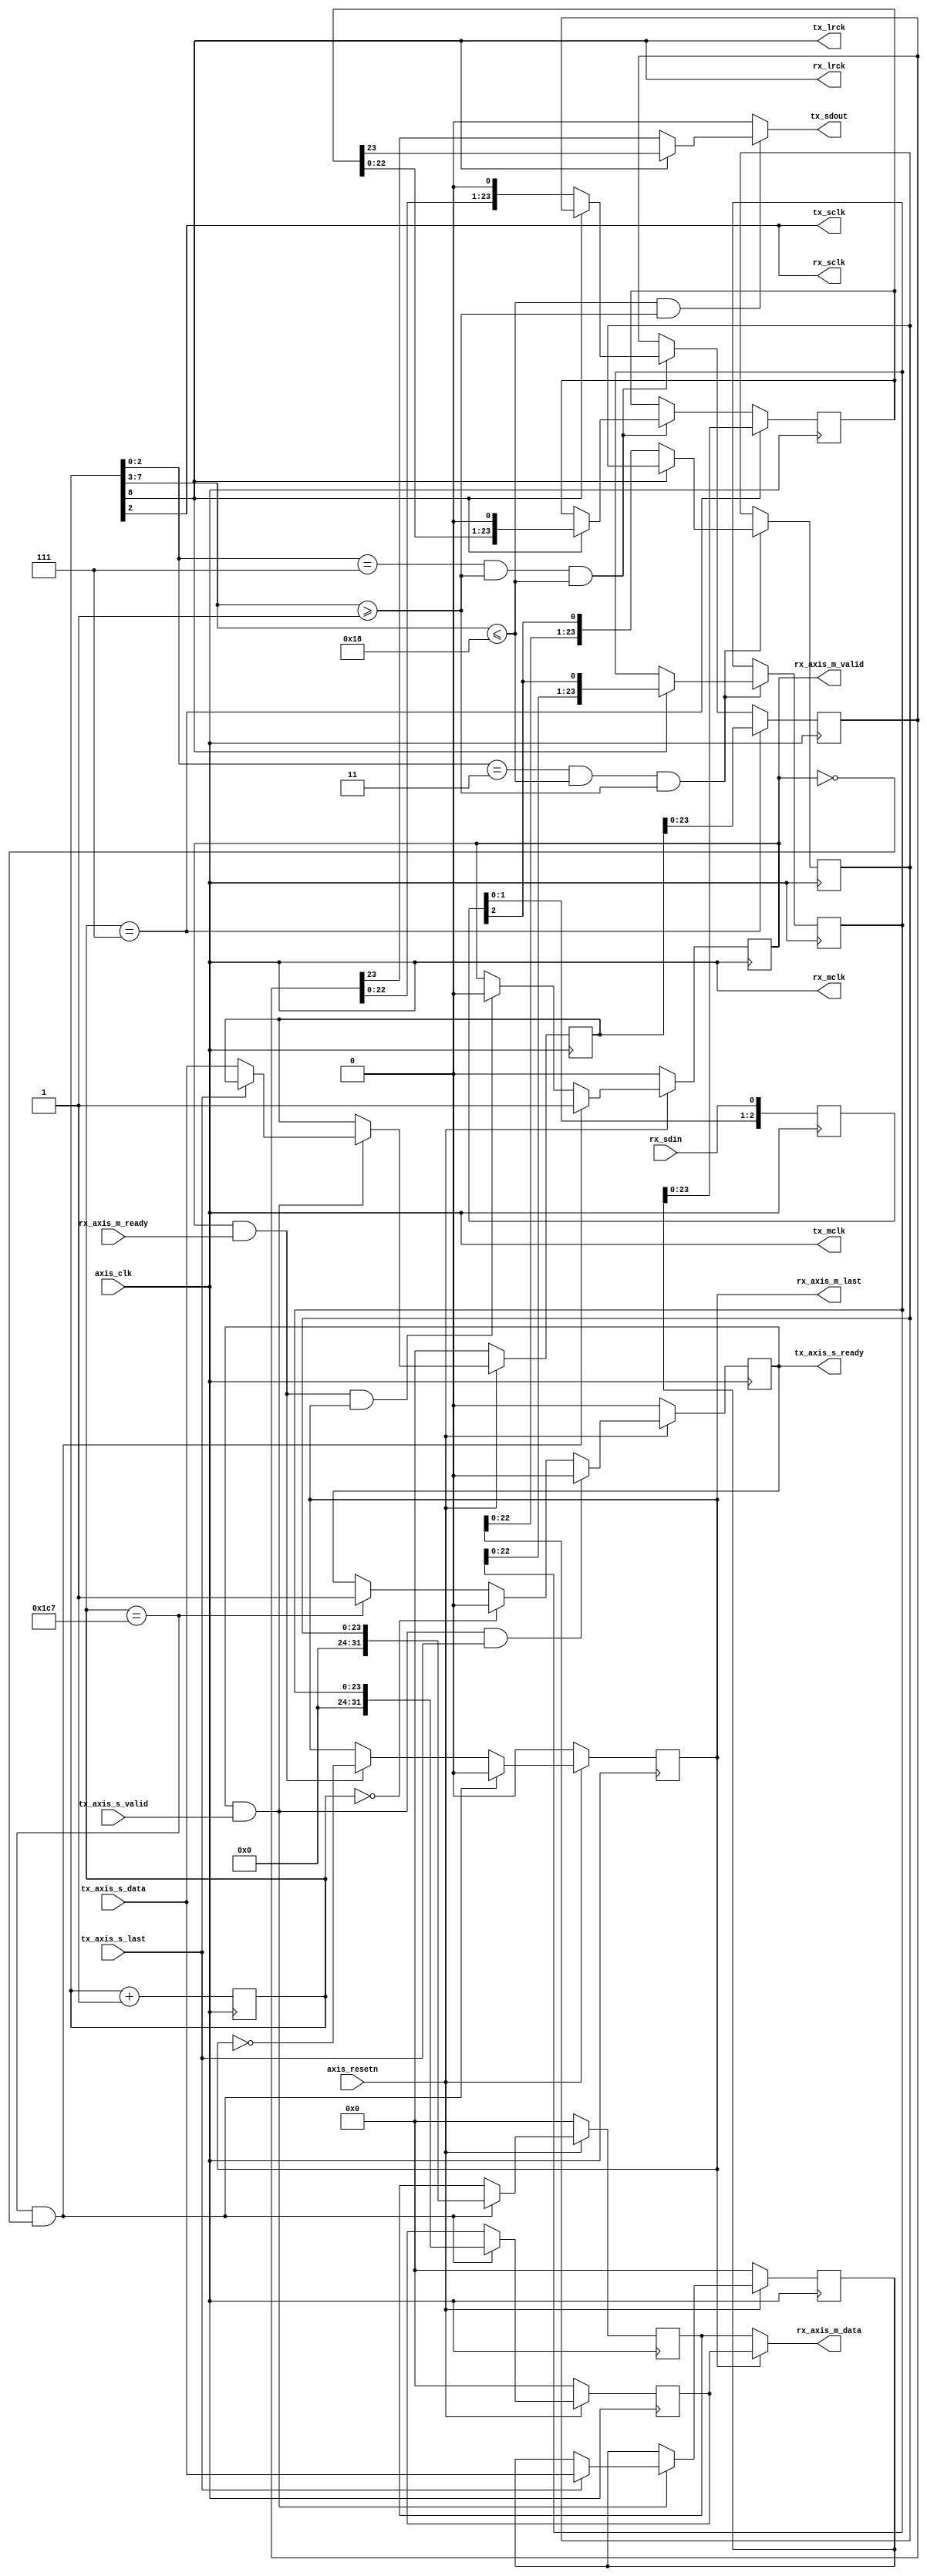
module axis_i2s2 (
    input  wire        axis_clk, // require: approx 22.591MHz
    input  wire        axis_resetn,
    
    input  wire [31:0] tx_axis_s_data,
    input  wire        tx_axis_s_valid,
    output reg         tx_axis_s_ready = 1'b0, //m_axis_ready
    input  wire        tx_axis_s_last,
    
    output wire [31:0] rx_axis_m_data,
    output reg         rx_axis_m_valid = 1'b0,
    input  wire        rx_axis_m_ready,
    output reg         rx_axis_m_last = 1'b0,
    
    output wire tx_mclk, // JA[0]
    output wire tx_lrck, // JA[1]
    output wire tx_sclk, // JA[2]
    output reg  tx_sdout, // JA[3]
    output wire rx_mclk, // JA[4]
    output wire rx_lrck, // JA[5]
    output wire rx_sclk, // JA[6]
    input  wire rx_sdin // JA[7]
);
    reg [8:0] count = 9'd0;
    localparam EOF_COUNT = 9'd455; // end of full I2S frame
    
    always@(posedge axis_clk)
        count <= count + 1;
    
    wire lrck = count[8];
    wire sclk = count[2];
    wire mclk = axis_clk;
    assign tx_lrck = lrck;
    assign tx_sclk = sclk;
    assign tx_mclk = mclk;
    assign rx_lrck = lrck;
    assign rx_sclk = sclk;
    assign rx_mclk = mclk;
    
    /* AXIS SLAVE CONTROLLER */
    reg [31:0] tx_data_l = 0;
    reg [31:0] tx_data_r = 0;
    
    always@(posedge axis_clk)
        if (axis_resetn == 1'b0)
            tx_axis_s_ready <= 1'b0;
        else if (tx_axis_s_ready == 1'b1 && tx_axis_s_valid == 1'b1 && tx_axis_s_last == 1'b1) // end of packet, cannot accept data until current one has been transmitted
            tx_axis_s_ready <= 1'b0;
        else if (count == 9'b0) // beginning of I2S frame, in order to avoid tearing, cannot accept data until frame complete
            tx_axis_s_ready <= 1'b0;
        else if (count == EOF_COUNT) // end of I2S frame, can accept data
            tx_axis_s_ready <= 1'b1;

    /// 2nd else if get activated after reaching the EOF count and followed by next 2 clk edges  
    always@(posedge axis_clk)
        if (axis_resetn == 1'b0) begin
            tx_data_r <= 32'b0;
            tx_data_l <= 32'b0;
        end else if (tx_axis_s_valid == 1'b1 && tx_axis_s_ready == 1'b1)
            if (tx_axis_s_last == 1'b1)
                tx_data_r <= tx_axis_s_data;
            else
                tx_data_l <= tx_axis_s_data;
    
    /* I2S TRANSMIT SHIFT REGISTERS */
    reg [23:0] tx_data_l_shift = 24'b0;
    reg [23:0] tx_data_r_shift = 24'b0;
    
    always@(posedge axis_clk)
        if (count == 3'b000000111) begin
            tx_data_l_shift <= tx_data_l[23:0];
            tx_data_r_shift <= tx_data_r[23:0];
        end else if (count[2:0] == 3'b111 && count[7:3] >= 5'd1 && count[7:3] <= 5'd24) begin
            if (count[8] == 1'b1)
                tx_data_r_shift <= {tx_data_r_shift[22:0], 1'b0};
            else
                tx_data_l_shift <= {tx_data_l_shift[22:0], 1'b0};
        end
        
    always@(count, tx_data_l_shift, tx_data_r_shift)
        if (count[7:3] <= 5'd24 && count[7:3] >= 4'd1) /// countinng from 7 -->> 99 for left 
            if (count[8] == 1'b1)
                tx_sdout = tx_data_r_shift[23];
            else
                tx_sdout = tx_data_l_shift[23];
        else
            tx_sdout = 1'b0;
        
    /* SYNCHRONIZE DATA IN TO AXIS CLOCK DOMAIN */
    reg [2:0] din_sync_shift = 3'd0;
    wire din_sync = din_sync_shift[2];
    always@(posedge axis_clk)
        din_sync_shift <= {din_sync_shift[1:0], rx_sdin};
        
    /* I2S RECEIVE SHIFT REGISTERS */
    reg [23:0] rx_data_l_shift = 24'b0;
    reg [23:0] rx_data_r_shift = 24'b0;
    always@(posedge axis_clk)
        if (count[2:0] == 3'b011 && count[7:3] <= 5'd24 && count[7:3] >= 5'd1)
            if (lrck == 1'b1)
                rx_data_r_shift <= {rx_data_r_shift, din_sync};
            else
                rx_data_l_shift <= {rx_data_l_shift, din_sync};
    
    /* AXIS MASTER CONTROLLER */ // shifting it to 32'b register
    reg [31:0] rx_data_l = 32'b0;
    reg [31:0] rx_data_r = 32'b0;
    always@(posedge axis_clk)
        if (axis_resetn == 1'b0) begin
            rx_data_l <= 32'b0;
            rx_data_r <= 32'b0;
        end else if (count == EOF_COUNT && rx_axis_m_valid == 1'b0) begin
            rx_data_l <= {8'b0, rx_data_l_shift};
            rx_data_r <= {8'b0, rx_data_r_shift};
        end
        
    assign rx_axis_m_data = (rx_axis_m_last == 1'b1) ? rx_data_r : rx_data_l;
        
    always@(posedge axis_clk)
        if (axis_resetn == 1'b0)    
            rx_axis_m_valid <= 1'b0;
        else if (count == EOF_COUNT && rx_axis_m_valid == 1'b0)
            rx_axis_m_valid <= 1'b1;
        else if (rx_axis_m_valid == 1'b1 && rx_axis_m_ready == 1'b1 && rx_axis_m_last == 1'b1)
            rx_axis_m_valid <= 1'b0;
    
    always@(posedge axis_clk)
        if (axis_resetn == 1'b0)
            rx_axis_m_last <= 1'b0;
            
        else if (count == EOF_COUNT && rx_axis_m_valid == 1'b0)
            rx_axis_m_last <= 1'b0;
        else if (rx_axis_m_valid == 1'b1 && rx_axis_m_ready == 1'b1)
            rx_axis_m_last <= ~rx_axis_m_last;
        
        
endmodule